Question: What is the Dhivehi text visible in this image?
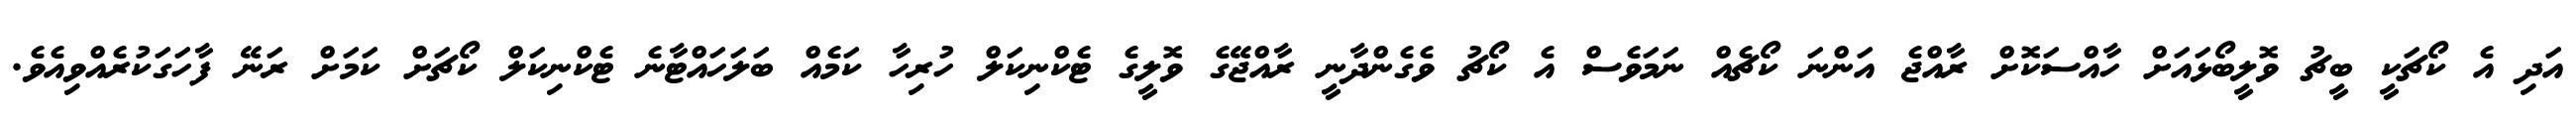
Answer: އަދި އެ ކޯޗަކީ ބީޗު ވޮލީބޯޅައަށް ހާއްސަކޮށް ރާއްޖެ އަންނަ ކޯޗެއް ނަމަވެސް އެ ކޯޗު ވެގެންދާނީ ރާއްޖޭގެ ވޮލީގެ ޓެކްނިކަލް ހުރިހާ ކަމެއް ބަލަހައްޓާނެ ޓެކްނިކަލް ކޯޗަށް ކަމަށް ރަނޭ ފާހަގަކުރެއްވިއެވެ.